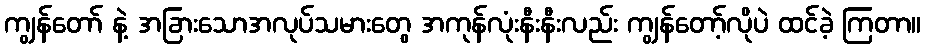
ကျွန်တော် နဲ့ အခြားသောအလုပ်သမားတွေ အကုန်လုံးနီးနီးလည်း ကျွန်တော့်လိုပဲ ထင်ခဲ့ ကြတာ။